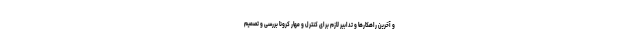
و آخرین راهکارها و تدابیر لازم برای کنترل و مهار کرونا بررسی و تصمیم